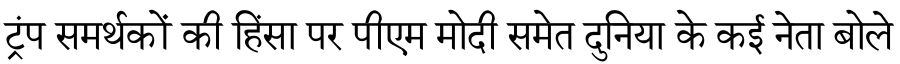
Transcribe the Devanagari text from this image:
ट्रंप समर्थकों की हिंसा पर पीएम मोदी समेत दुनिया के कई नेता बोले